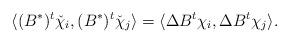
LaTeX: \begin{align*} \langle (B^*)^t \check \chi_i, (B^*)^t \check \chi_j \rangle = \langle \Delta B^t \chi_i, \Delta B^t \chi_j \rangle. \end{align*}